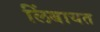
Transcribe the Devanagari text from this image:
लिंबायत